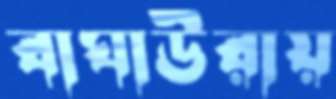
বাঘাউরায়